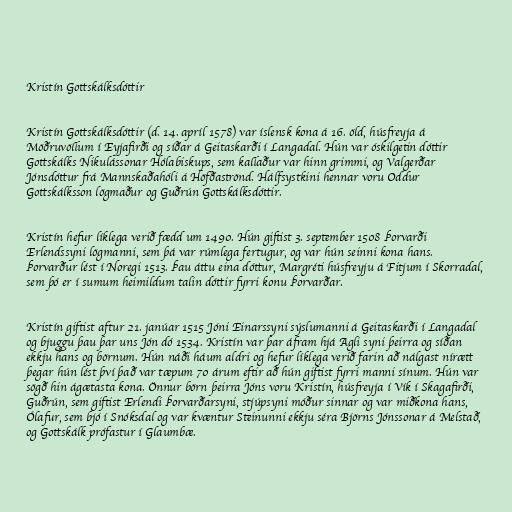
Kristín Gottskálksdóttir

Kristín Gottskálksdóttir (d. 14. apríl 1578) var íslensk kona á 16. öld, húsfreyja á
Möðruvöllum í Eyjafirði og síðar á Geitaskarði í Langadal. Hún var óskilgetin dóttir
Gottskálks Nikulássonar Hólabiskups, sem kallaður var hinn grimmi, og Valgerðar
Jónsdóttur frá Mannskaðahóli á Höfðaströnd. Hálfsystkini hennar voru Oddur
Gottskálksson lögmaður og Guðrún Gottskálksdóttir.

Kristín hefur líklega verið fædd um 1490. Hún giftist 3. september 1508 Þorvarði
Erlendssyni lögmanni, sem þá var rúmlega fertugur, og var hún seinni kona hans.
Þorvarður lést í Noregi 1513. Þau áttu eina dóttur, Margréti húsfreyju á Fitjum í Skorradal,
sem þó er í sumum heimildum talin dóttir fyrri konu Þorvarðar.

Kristín giftist aftur 21. janúar 1515 Jóni Einarssyni sýslumanni á Geitaskarði í Langadal
og bjuggu þau þar uns Jón dó 1534. Kristín var þar áfram hjá Agli syni þeirra og síðan
ekkju hans og börnum. Hún náði háum aldri og hefur líklega verið farin að nálgast nírætt
þegar hún lést því það var tæpum 70 árum eftir að hún giftist fyrri manni sínum. Hún var
sögð hin ágætasta kona. Önnur börn þeirra Jóns voru Kristín, húsfreyja í Vík í Skagafirði,
Guðrún, sem giftist Erlendi Þorvarðarsyni, stjúpsyni móður sinnar og var miðkona hans,
Ólafur, sem bjó í Snóksdal og var kvæntur Steinunni ekkju séra Björns Jónssonar á Melstað,
og Gottskálk prófastur í Glaumbæ.